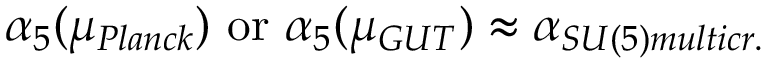
\alpha _ { 5 } ( \mu _ { P l a n c k } ) \mathrm { ~ o r ~ } \alpha _ { 5 } ( \mu _ { G U T } ) \approx \alpha _ { S U ( 5 ) m u l t i c r . }